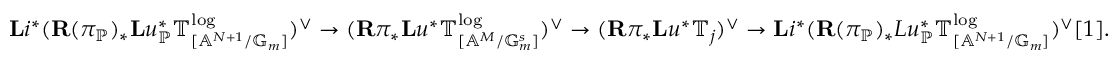
\mathbf { L } i ^ { * } ( \mathbf { R } ( \pi _ { \mathbb { P } } ) _ { * } \mathbf { L } u _ { \mathbb { P } } ^ { * } \mathbb { T } _ { [ \mathbb { A } ^ { N + 1 } / \mathbb { G } _ { m } ] } ^ { \log } ) ^ { \vee } \rightarrow ( \mathbf { R } \pi _ { * } \mathbf { L } u ^ { * } \mathbb { T } _ { [ \mathbb { A } ^ { M } / \mathbb { G } _ { m } ^ { s } ] } ^ { \log } ) ^ { \vee } \rightarrow ( \mathbf { R } \pi _ { * } \mathbf { L } u ^ { * } \mathbb { T } _ { j } ) ^ { \vee } \rightarrow \mathbf { L } i ^ { * } ( \mathbf { R } ( \pi _ { \mathbb { P } } ) _ { * } L u _ { \mathbb { P } } ^ { * } \mathbb { T } _ { [ \mathbb { A } ^ { N + 1 } / \mathbb { G } _ { m } ] } ^ { \log } ) ^ { \vee } [ 1 ] .